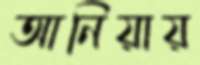
আনিয়ায়